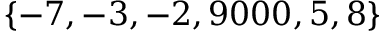
\{ - 7 , - 3 , - 2 , 9 0 0 0 , 5 , 8 \}